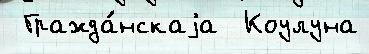
 Гражда́нскаjа  Коулуна